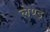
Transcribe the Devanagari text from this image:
लेण्ड